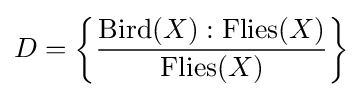
D=\left\{{\frac {\mathrm {Bird} (X):\mathrm {Flies} (X)}{\mathrm {Flies} (X)}}\right\}